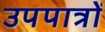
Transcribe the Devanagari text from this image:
उपपात्रों